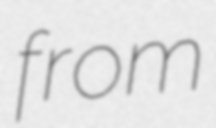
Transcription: from